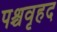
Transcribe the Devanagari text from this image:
पश्चवृहद